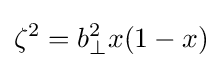
\zeta ^{2}=b_{\perp }^{2}x(1-x)